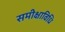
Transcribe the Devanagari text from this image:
समीक्षाविधि